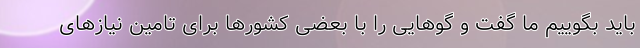
باید بگوییم ما گفت و گوهایی را با بعضی کشورها برای تامین نیازهای